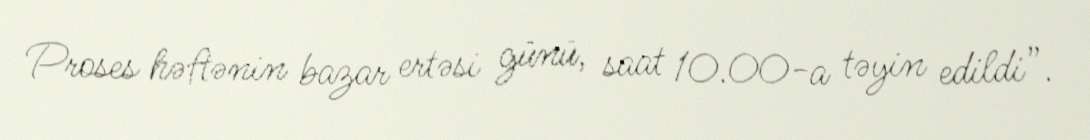
Proses həftənin bazar ertəsi günü, saat 10.00-a təyin edildi”.